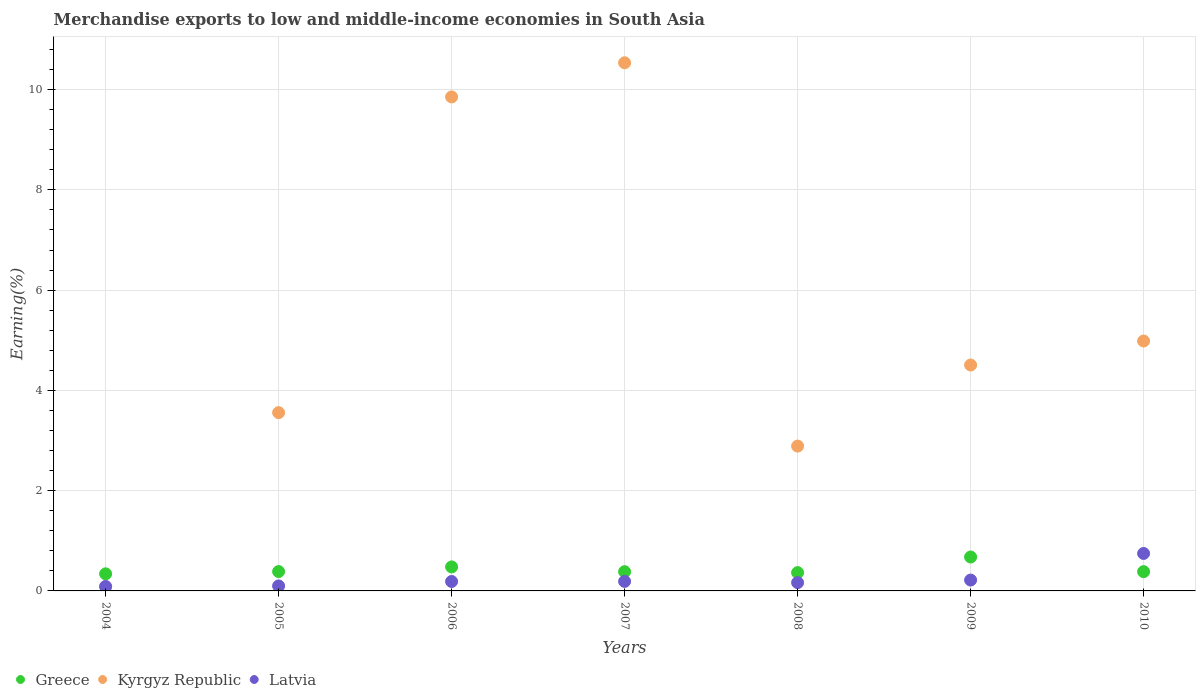
| Years | Greece | Kyrgyz Republic | Latvia |
 | --- | --- | --- | --- |
 | 2004 | 0.341 | 0.0824 | 0.0887 |
 | 2005 | 0.386 | 3.56 | 0.0995 |
 | 2006 | 0.479 | 9.85 | 0.188 |
 | 2007 | 0.384 | 10.5 | 0.19 |
 | 2008 | 0.365 | 2.89 | 0.165 |
 | 2009 | 0.677 | 4.51 | 0.217 |
 | 2010 | 0.384 | 4.99 | 0.747 |